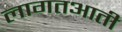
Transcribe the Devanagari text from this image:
लागतआती